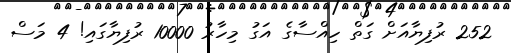
252 ރުފިޔާއަށް ގަތް ހިއްސާގެ އަގު މިހާރު 10000 ރުފިޔާގައި! 4 މަސް